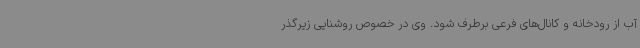
آب از رودخانه و کانال‌های فرعی برطرف شود. وی در خصوص روشنایی زیرگذر